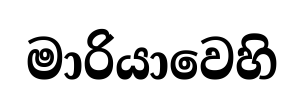
මාරියාවෙහි